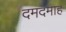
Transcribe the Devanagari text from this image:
दमदमाह